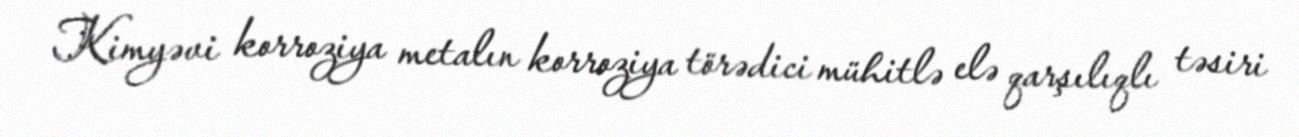
Kimyəvi korroziya metalın korroziya törədici mühitlə elə qarşılıqlı təsiri